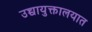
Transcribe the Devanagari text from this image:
उच्चायुक्तालयात